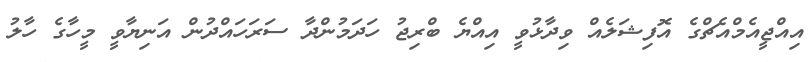
އިއްޖީއެމްއެޗްގެ އޮފިޝަލެއް ވިދާޅުވީ އިއްޔެ ބްރިޖު ހަދަމުންދާ ސަރަހައްދުން އަނިޔާވީ މީހާގެ ހާލު